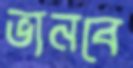
ভানবে